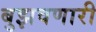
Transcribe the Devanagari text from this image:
बुझवणारी